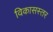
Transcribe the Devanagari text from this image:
विकासस्तर